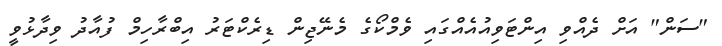
"ސަން" އަށް ދެއްވި އިންޓަވިއުއެއްގައި ވެމްކޯގެ މެނޭޖިން ޑިރެކްޓަރު އިބްރާހިމް ފުއާދު ވިދާޅުވީ